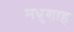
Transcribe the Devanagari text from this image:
मधुशाह